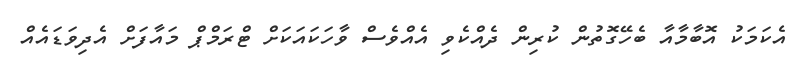
އެކަމަކު އޮބާމާއާ ބެހޭގޮތުން ކުރިން ދެއްކެވި އެއްވެސް ވާހަކައަކަށް ޓްރަމްޕް މައާފަށް އެދިވަޑައެއް